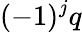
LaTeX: (-1)^{j}q